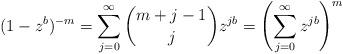
LaTeX: \begin{align*} (1-z^b)^{-m} = \sum_{j = 0}^\infty \binom{m+j-1}{j} z^{jb} = \left(\sum_{j = 0}^\infty z^{jb}\right)^m\end{align*}